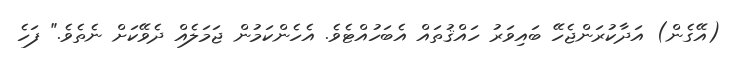
(އޭގެން) އަދާކުރަންޖެހޭ ބައިވަރު ހައްޤުތައް އެބަހުއްޓެވެ. އެހެންކަމުން ޖަމަލެއް ދެވޭކަށް ނެތެވެ." ފަހެ